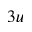
_ { 3 u }